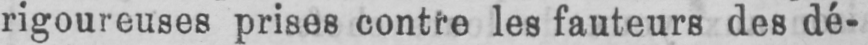
rigoureuses prises contre les fauteurs des dé-